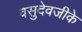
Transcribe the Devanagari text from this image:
वसुदेवजीके